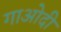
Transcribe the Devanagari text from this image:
गाओदी